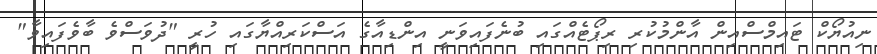
ނިއުޔޯކް ޓައިމްސްއިން އާންމުކުރި ރިޕޯޓެއްގައި ބުނެފައިވަނީ އިންޑިއާގެ އަސްކަރިއްޔާގައި ހުރީ "ދުވަސްވެ ބާވެފައިވާ"